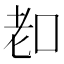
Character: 𦒵